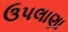
ઉપલાણા